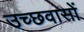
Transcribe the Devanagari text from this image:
उच्छवासों